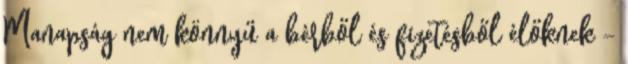
Manapság nem könnyű a bérből és fizetésből élőknek –